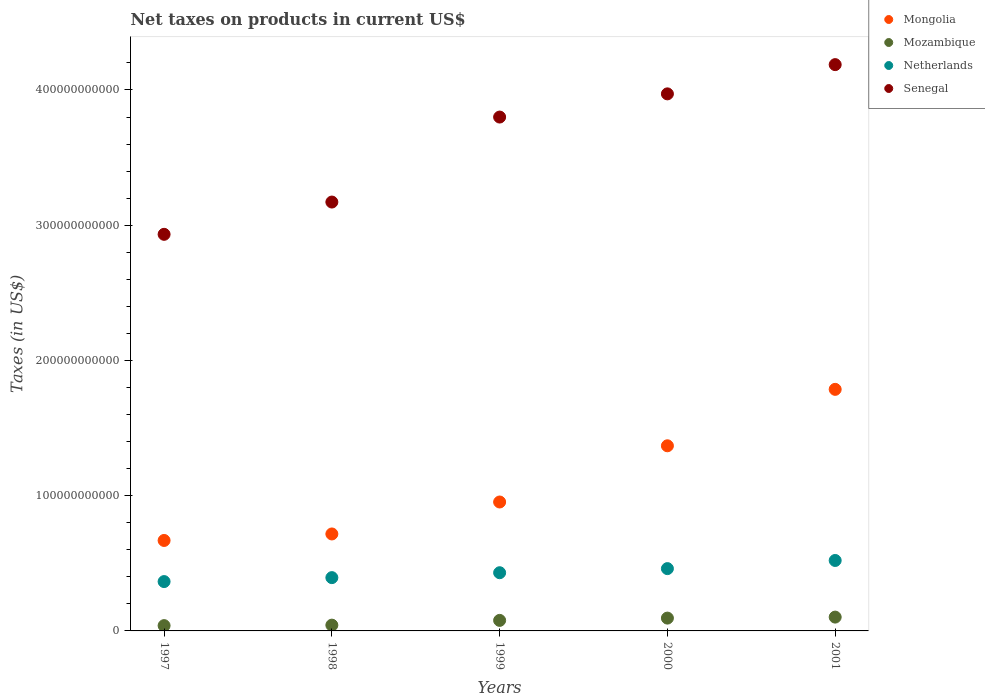
| Years | Mongolia | Mozambique | Netherlands | Senegal |
 | --- | --- | --- | --- | --- |
 | 1997 | 6.69e+10 | 3.92e+09 | 3.65e+10 | 2.93e+11 |
 | 1998 | 7.17e+10 | 4.27e+09 | 3.94e+10 | 3.17e+11 |
 | 1999 | 9.53e+10 | 7.79e+09 | 4.3e+10 | 3.8e+11 |
 | 2000 | 1.37e+11 | 9.48e+09 | 4.61e+10 | 3.97e+11 |
 | 2001 | 1.79e+11 | 1.02e+10 | 5.21e+10 | 4.19e+11 |